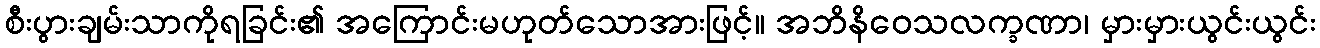
စီးပွားချမ်းသာကိုရခြင်း၏ အကြောင်းမဟုတ်သောအားဖြင့်။ အဘိနိဝေသလက္ခဏာ၊ မှားမှားယွင်းယွင်း